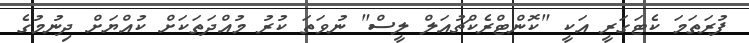
ފުރަތަމަ ކެޓަގަރީ އަކީ "ކޮންޓްރެކްޗުއަލް ލީސް" ނުވަތަ ކުރު މުއްދަތަކަށް ކުއްޔަށް ދިނުމުގެ